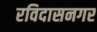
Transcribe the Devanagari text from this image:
रविदासनगर